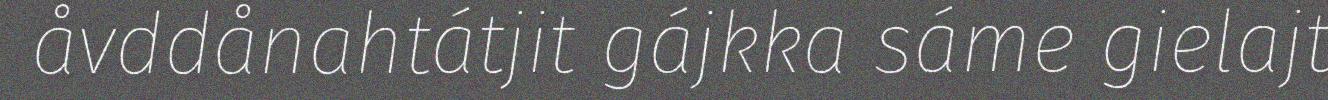
åvddånahtátjit gájkka sáme gielajt